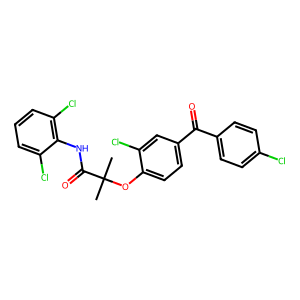
SMILES: CC(C)(Oc1ccc(C(=O)c2ccc(Cl)cc2)cc1Cl)C(=O)Nc1c(Cl)cccc1Cl
Inhibits HIV replication: No